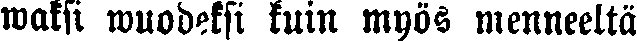
waksi wuodeksi kuin myös menneeltä